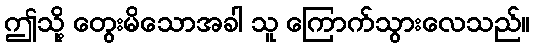
ဤသို့ တွေးမိသောအခါ သူ ကြောက်သွားလေသည်။